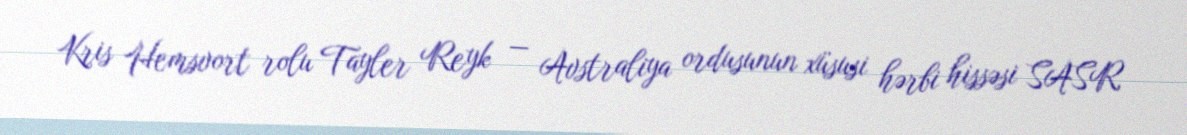
Kris Hemsvort rolu Tayler Reyk — Avstraliya ordusunun xüsusi hərbi hissəsi SASR